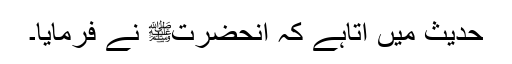
حدیث میں آتاہے کہ آنحضرتﷺ نے فرمایا۔